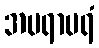
အပရာပရံ